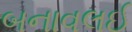
બનાવલઈ